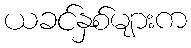
ယခင်နှစ်များက